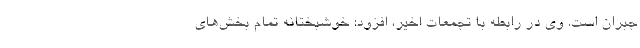
جبران است. وی در رابطه با تجمعات اخیر، افزود: خوشبختانه تمام بخش‌های